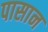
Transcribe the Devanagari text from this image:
पासान